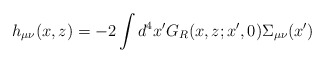
\begin{align*}h_{\mu\nu}(x,z)=-2\int d^4x^{\prime}G_R(x,z; x^{\prime},0)\Sigma_{\mu\nu}(x^{\prime})\end{align*}